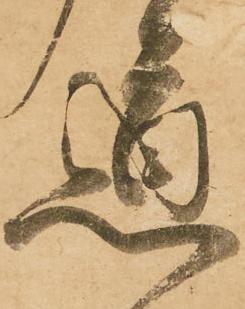
道